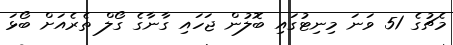
މެޗުގެ 51 ވަނަ މިނިޓުގައި ބޮލުން ޖަހައި ގާނާގެ ގޯލް ތެރެއަށް ބޯޅަ